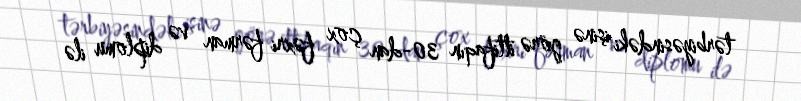
tərbiyəsindəki işinə görə ittifaqın 30-dan çox fəxri fərman və diplomu ilə